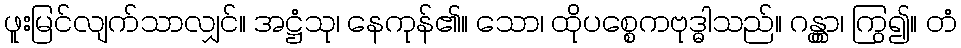
ဖူးမြင်လျက်သာလျှင်။ အဋ္ဌံသု၊ နေကုန်၏။ သော၊ ထိုပစ္စေကဗုဒ္ဓါသည်။ ဂန္တွာ၊ ကြွ၍။ တံ